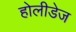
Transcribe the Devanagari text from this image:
होलीडेज